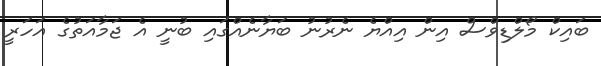
ބައިކް މޯލްޑިވްސް އިން އިއްޔެ ނެރުނު ބަޔާނެއްގައި ބުނީ އެ ޖަމާއަތުގެ އަހަރީ